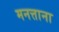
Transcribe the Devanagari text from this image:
मनत्ताना